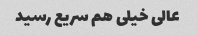
عالی خیلی هم سریع رسید